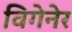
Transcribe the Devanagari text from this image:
विगेनेर